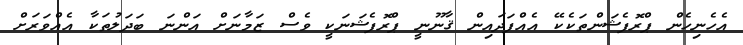
އެހެނިހެން ޕްރޮފެޝަންތަކެކޭ އެއްފަދައިން ޤާނޫނީ ޕްރޮފެޝަނަކީ ވެސް ޒަމާނަށް އަންނަ ބަދަލުތަކާ އެއްވަރަށް